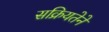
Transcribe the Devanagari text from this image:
सक्रियतेने